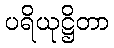
ပရိယုဋ္ဌိတာ